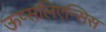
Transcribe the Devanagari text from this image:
ऊप्सलिएन्सिस